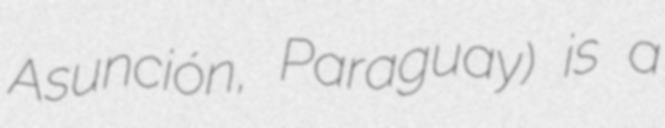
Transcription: Asunción, Paraguay) is a